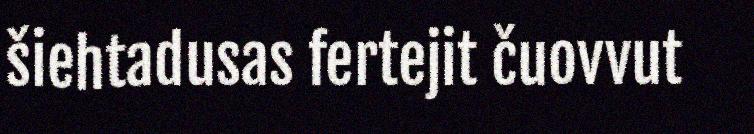
šiehtadusas fertejit čuovvut